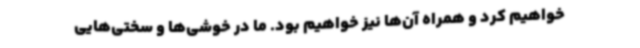
خواهیم کرد و همراه آن‌ها نیز خواهیم بود. ما در خوشی‌ها و سختی‌هایی